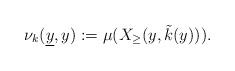
LaTeX: \begin{align*}\nu_k(\underline y, y):=\mu(X_\geq( y, \tilde k(y))).\end{align*}